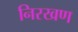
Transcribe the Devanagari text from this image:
निरखण